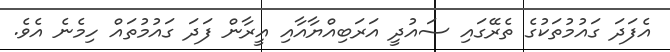
އެފަދަ ގައުމުތަކުގެ ތެރޭގައި ސައުދީ އަރަބިއްޔާއާއި އީރާން ފަދަ ގައުމުތައް ހިމެނެ އެވެ.